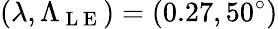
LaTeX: (\lambda,\Lambda_{\mathrm{~L~E~}})=(0.27,50^{\circ})